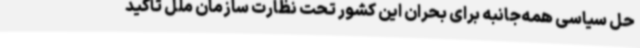
حل سیاسی همه‌جانبه برای بحران این کشور تحت نظارت سازمان ملل تأکید